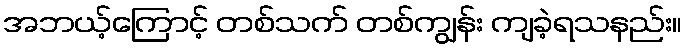
အဘယ့်ကြောင့် တစ်သက် တစ်ကျွန်း ကျခဲ့ရသနည်း။